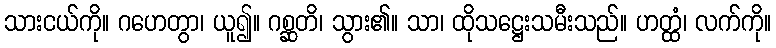
သားငယ်ကို။ ဂဟေတွာ၊ ယူ၍။ ဂစ္ဆတိ၊ သွား၏။ သာ၊ ထိုသဋ္ဌေးသမီးသည်။ ဟတ္ထံ၊ လက်ကို။